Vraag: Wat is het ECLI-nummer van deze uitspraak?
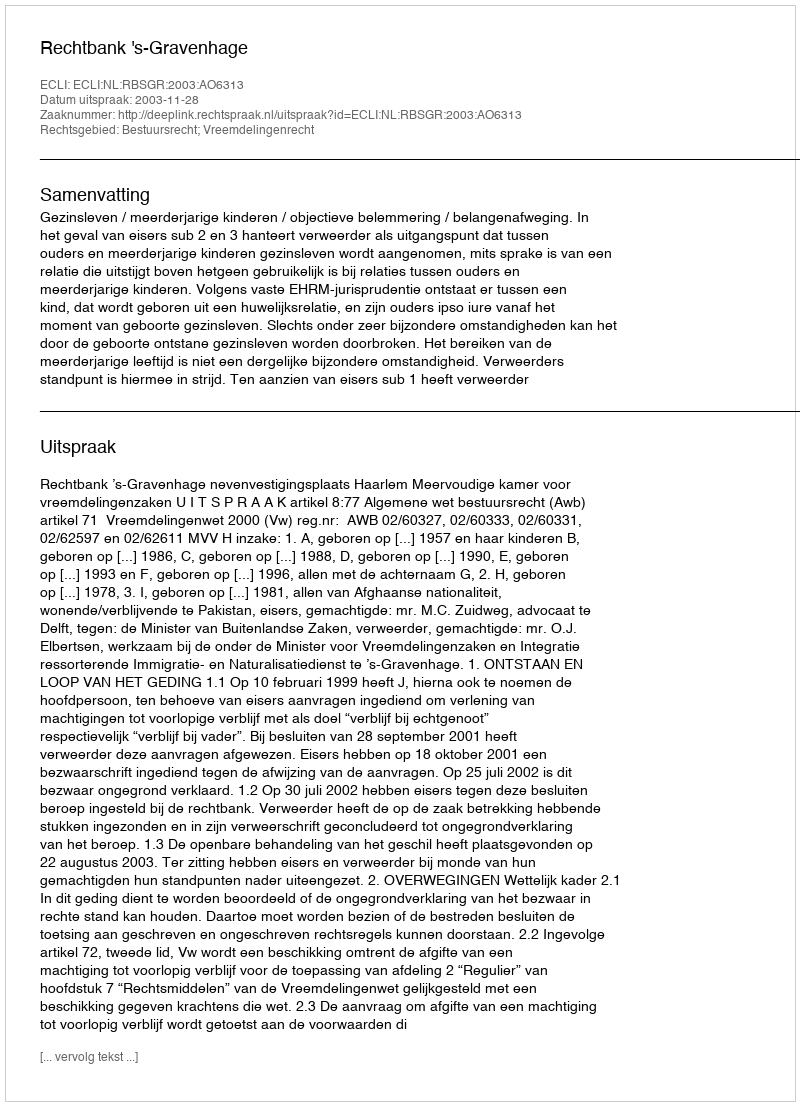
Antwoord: ECLI:NL:RBSGR:2003:AO6313